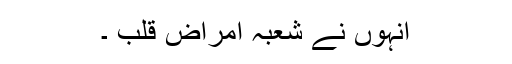
انہوں نے شعبہ امراض قلب ۔